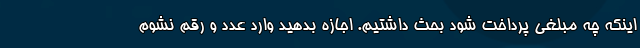
اینکه چه مبلغی پرداخت شود بحث داشتیم. اجازه بدهید وارد عدد و رقم نشوم